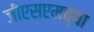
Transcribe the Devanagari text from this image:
जीएसएमच्या